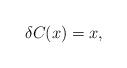
LaTeX: \begin{align*}\delta C(x) = x ,\end{align*}